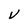
Character: V